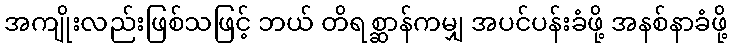
အကျိုးလည်းဖြစ်သဖြင့် ဘယ် တိရစ္ဆာန်ကမျှ အပင်ပန်းခံဖို့ အနစ်နာခံဖို့